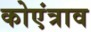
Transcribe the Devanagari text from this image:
कोएंत्राव